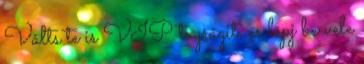
Válts te is VIP tagságit, és lépj be vele